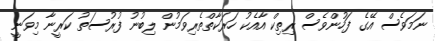
ނަމަވެސް އޭގެ ފަހުންވެސް ރިތިކް އާއެކު ހަރަކާތްތެރިވަމުން ލިބުނު ފުރުސަތު ކަރީނާ މިވަނީ